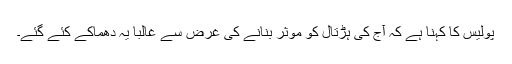
پولیس کا کہنا ہے کہ آج کی ہڑتال کو موثر بنانے کی غرض سے غالباً یہ دھماکے کئے گئے۔